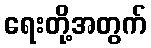
ရေးတို့အတွက်